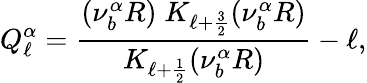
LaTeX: Q_{\ell}^{\alpha}=\frac{(\nu_{b}^{\alpha}R)\; K_{\ell+\frac{3}{2}}(\nu_{b}^{\alpha}R)}{K_{\ell+\frac{1}{2}}(\nu_{b}^{\alpha}R)}-\ell,